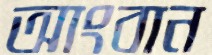
আংবান